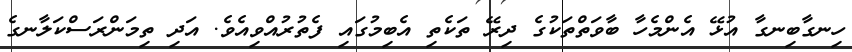
ހިނގާބިނގާ އުޅޭ އެންމެހާ ބާވަތްތަކުގެ ދިރޭ ތަކެތި އެބިމުގައި ފެތުރުއްވިއެވެ. އަދި ތިމަންރަސްކަލާނގެ